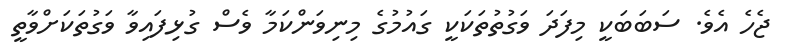
ޖެހެ އެވެ. ސަބަބަކީ މިފަދަ ވަގުތުތަކަކީ ގައުމުގެ މިނިވަންކަމާ ވެސް ގުޅިފައިވާ ވަގުތަކަށްވާތީ